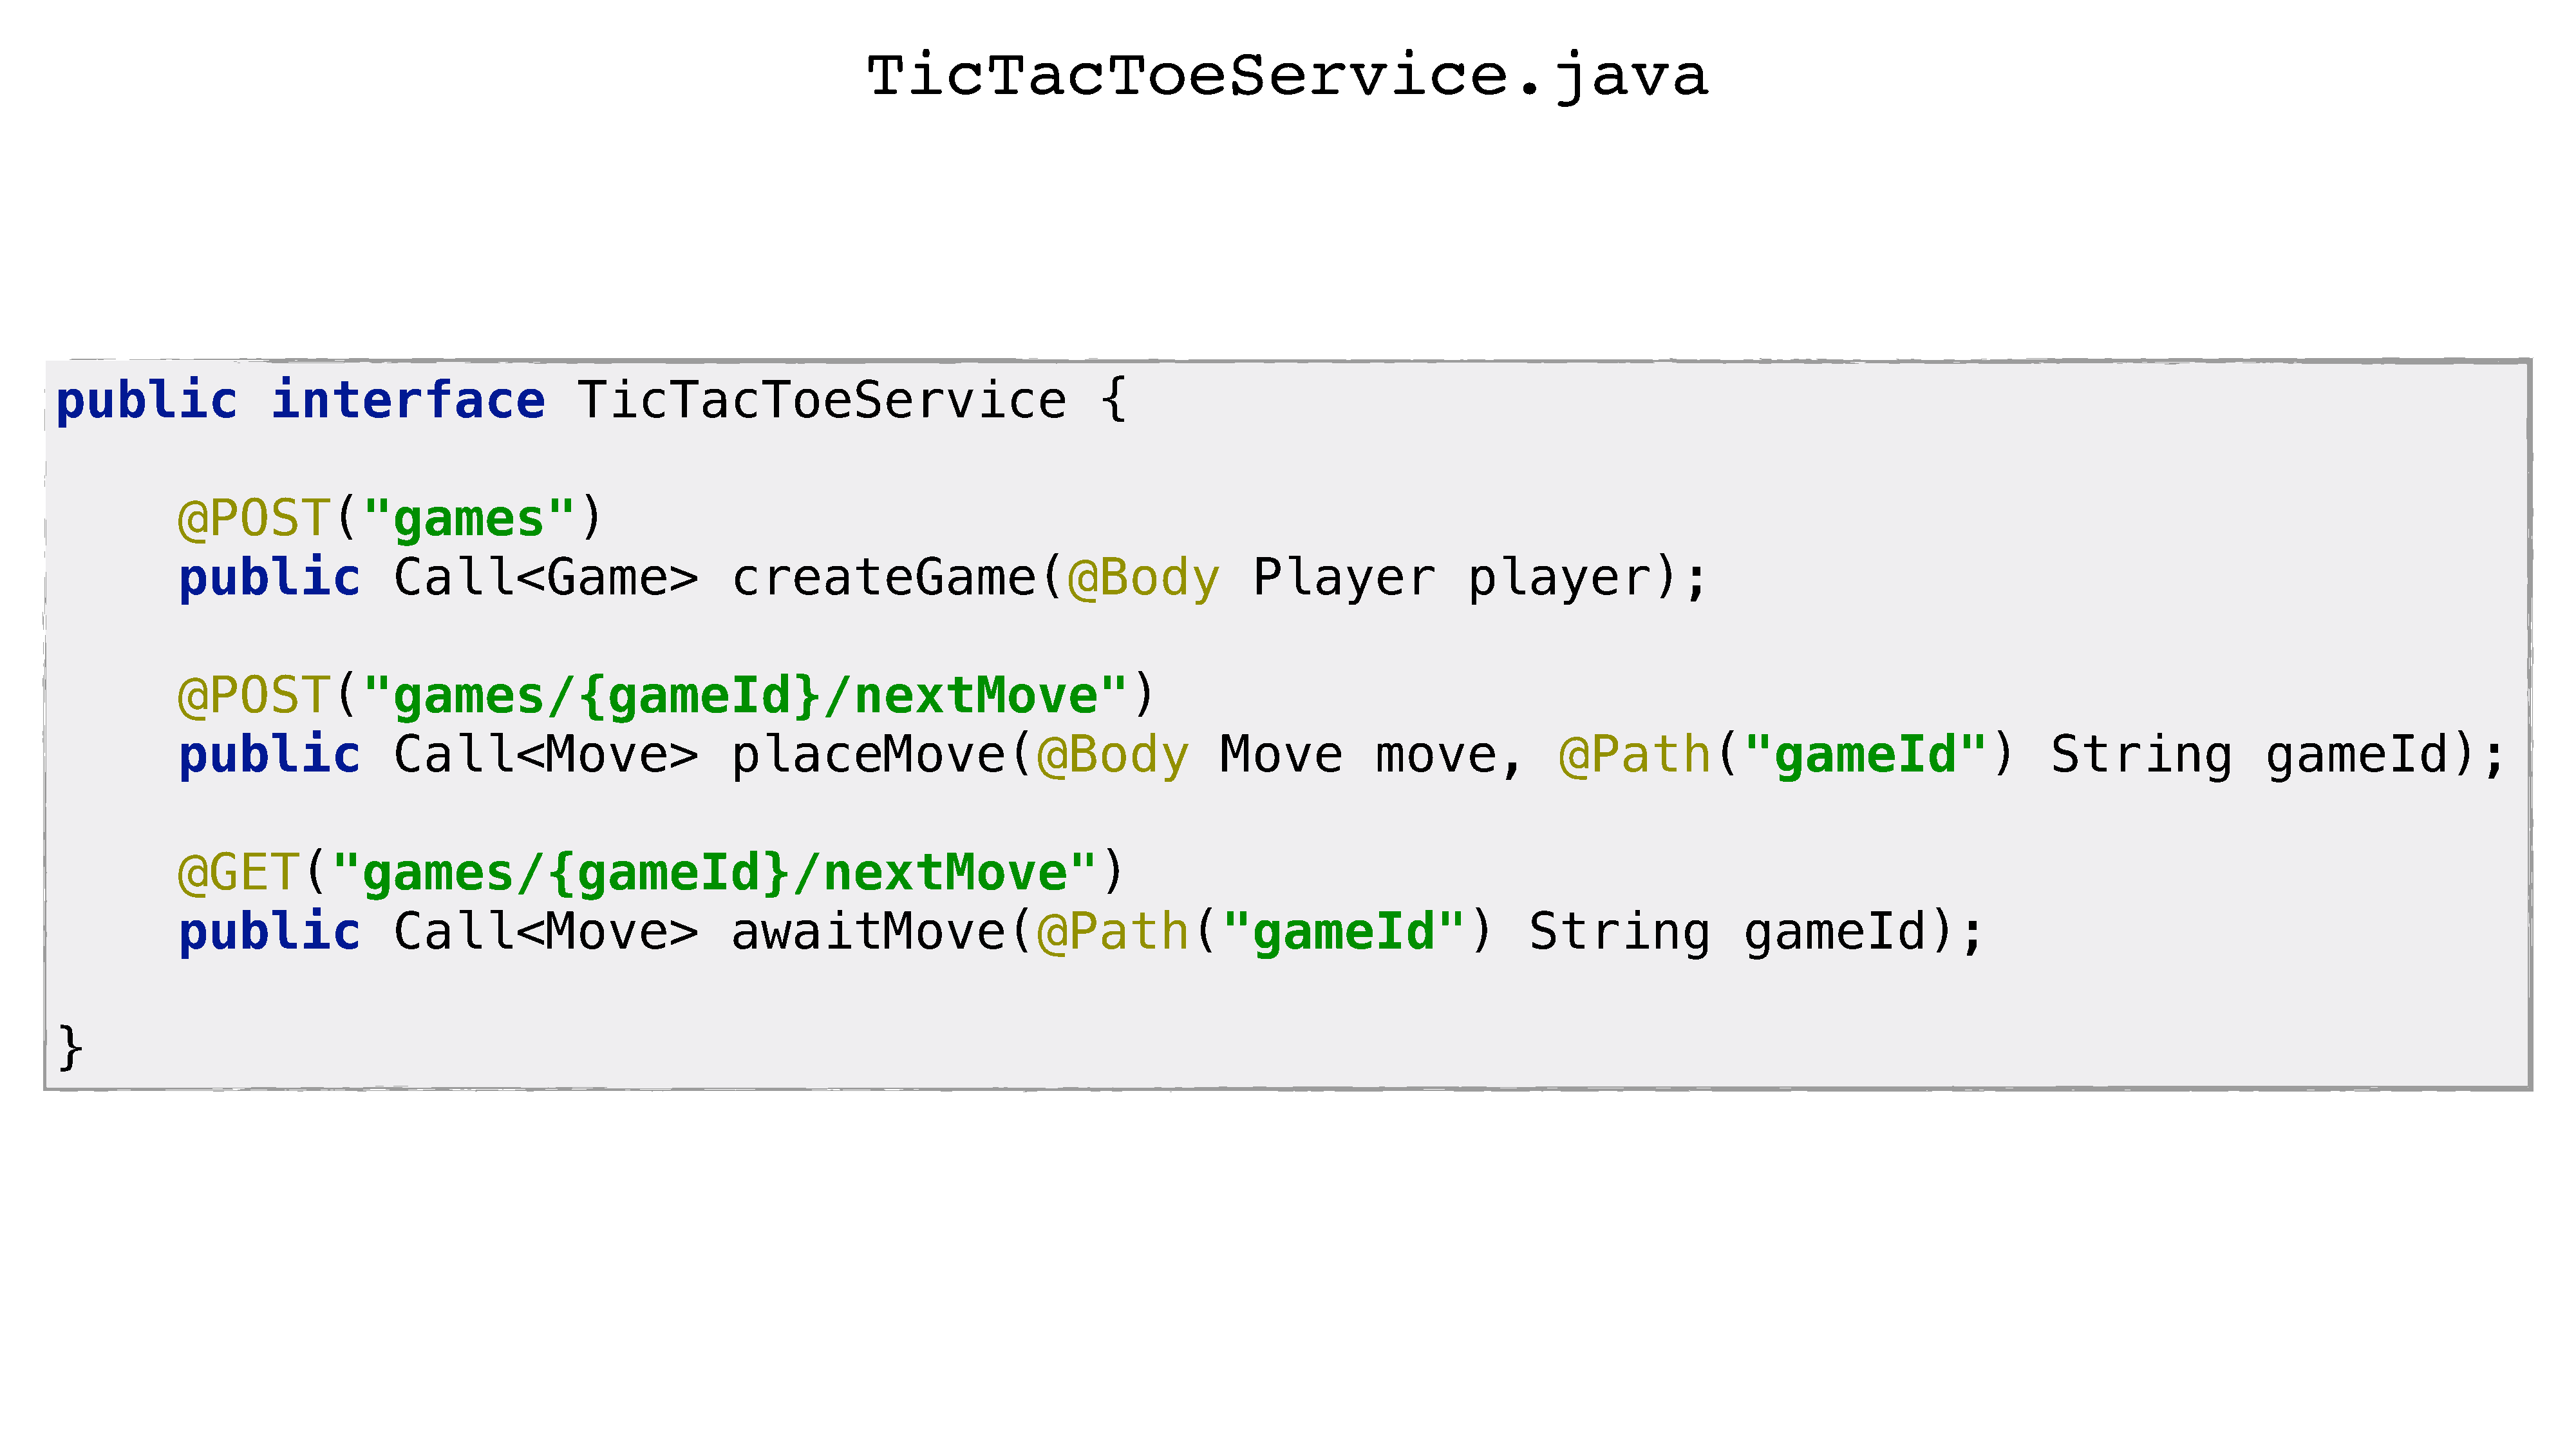
TicTacToeService.java
 public                interface                      TicTacToeService                                      {
 @POST("games")
 public                Call<Game>                         createGame(@Body                                      Player                player);
 @POST("games/{gameId}/nextMove")
 public                Call<Move>                         placeMove(@Body                                    Move           move,              @Path("gameId")                                    String                gameId);
 @GET("games/{gameId}/nextMove")
 public                Call<Move>                         awaitMove(@Path("gameId")                                                         String                gameId);
 }